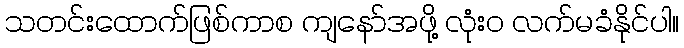
သတင်းထောက်ဖြစ်ကာစ ကျနော်အဖို့ လုံး၀ လက်မခံနိုင်ပါ။